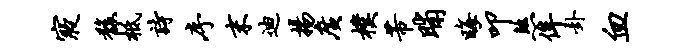
寝馥柢诗序末迪扬广朴芾晡晦叩煞侔卦血